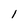
Character: 1